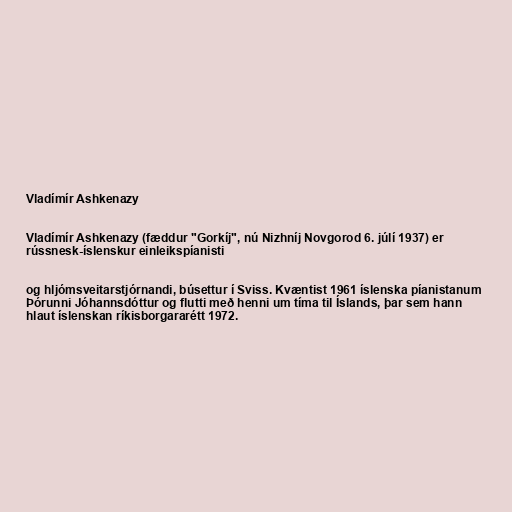
Vladímír Ashkenazy

Vladímír Ashkenazy (fæddur "Gorkíj", nú Nizhníj Novgorod 6. júlí 1937) er
rússnesk-íslenskur einleikspíanisti

og hljómsveitarstjórnandi, búsettur í Sviss. Kvæntist 1961 íslenska píanistanum
Þórunni Jóhannsdóttur og flutti með henni um tíma til Íslands, þar sem hann
hlaut íslenskan ríkisborgararétt 1972.